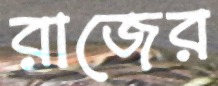
রাজের